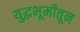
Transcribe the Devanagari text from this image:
युद्धभूमीतून